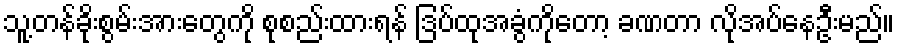
သူ့တန်ခိုးစွမ်းအားတွေကို စုစည်းထားရန် ဒြပ်ထုအခွံကိုတော့ ခဏတာ လိုအပ်နေဦးမည်။